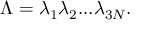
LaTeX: \Lambda = \lambda _ { 1 } \lambda _ { 2 } . . . \lambda _ { 3 N } .